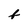
Character: f